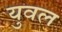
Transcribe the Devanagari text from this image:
युवल